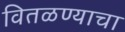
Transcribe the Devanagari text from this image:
वितळण्याचा